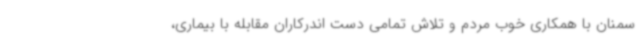
سمنان با همکاری خوب مردم و تلاش تمامی دست اندرکاران مقابله با بیماری‌،